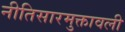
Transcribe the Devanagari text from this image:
नीतिसारमुक्तावली